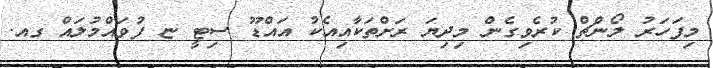
މިފަހަރު ލޯންޗް ކުރެވިގެން މިދިޔަ ރަށްތަކާއިއެކު އައްޑޫ ސިޓީ ޏ ފުވައްމުލައް ގއ.